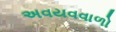
અવયવવાળો